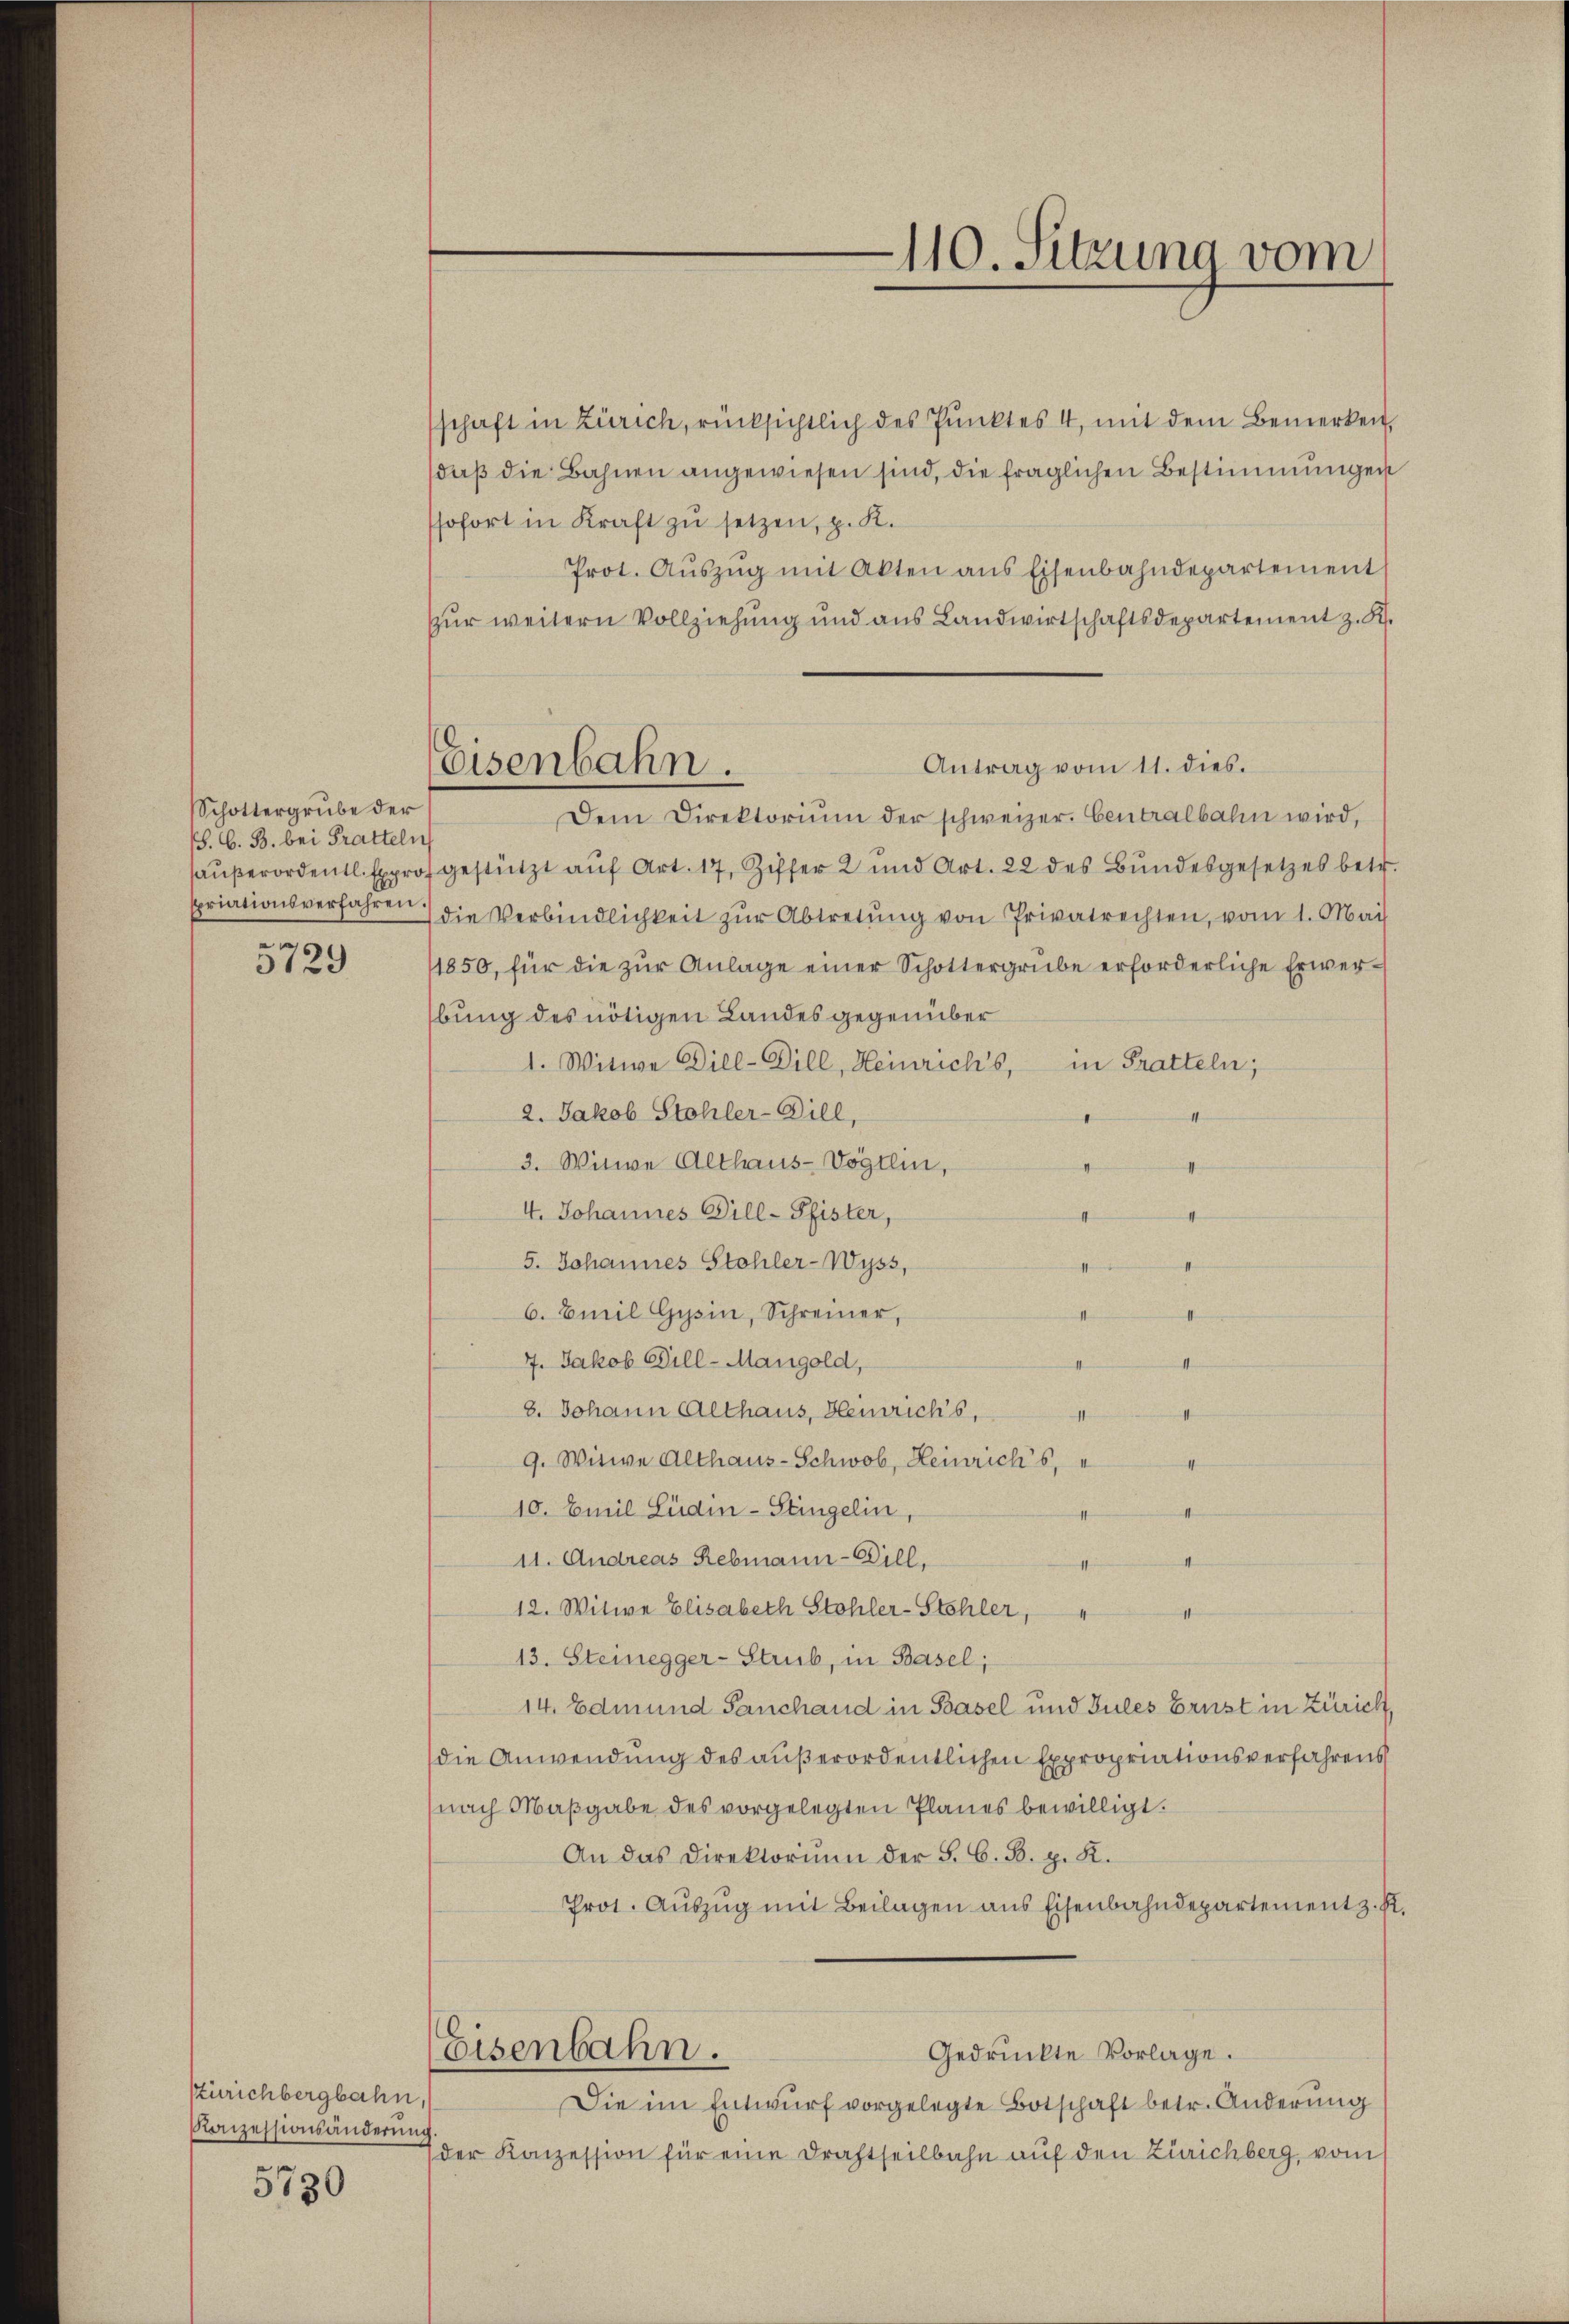
Schottergrube der
/S. G. B. bei Pratteln
s

3129

szürichbergbahn,
Koizessionsänderung

5730

ssofort in Kraft zŭ setzen, p. K.

Eisenbahn.

schaft in Zürich, rücksichtlich des Punktes 4, mit dem Bemerken,
(daß die Bahnen angewiesen sind, die fraglichen Bestimmungen
Prot. Aŭszŭg mit Akten ans Eisenbahndepartement
Zur weitern Vollziehung und aus Landwirtschaftsdepartement z. B.
Dem Direktoriŭm der schweizer. Centralbahn wird,
haŭβerordentl. Expros gestützt aŭf Art. 17, Ziffer 2 und Art. 22 des Bŭndesgesetzes betr.
priationsverfahren die Verbindlichkeit zŭr Abtretŭng von Privatrechten, vom 1. Mai
11850, für die zŭr Anlage einer Schottergrube erforderliche Erwer-
bung des nötigen Landesgegenüber
1. Witwe Dill-Dill, Heinrich’s, in Pratteln;
2. Jakob Stohler-Bill,
II
3. Witwe Althaus-Vögtlin,
4. Johannes Dill-Pfister,
5. Johannes Stohler-Wyss,
6. Emil Gysin, Schreiner,
7. Jakob Bill-Mangold,
8. Johann Althaus, Heinrichs,
9. Witwe Althaus-Schwob, Heinrichs,
4
10. Emil Lüdin-Stingelin,
4
11. Andreas Rebmann-Bill,
II
12. Witwe Elisabeth Stohler-Stehler,
13. Steinegger-Strub, in Basel;
14. Edmund Sanchand in Basel und Gules Brust in Zürich,
die Anwendung des außerordentlichen Expropriationsverfahrens
(nach Maßgabe des vorgelegten Planes bewilligt.
An das Direktorium der S. G. B. p. K.
Prot. Aŭszŭg mit Beilagen ans Eisenbahndepartement z. B.
Eisenbahn.
Gedrückte Vorlage.
Die im Entwurf vorgelegte Botschaft betr. Änderung
der Konzession für eine Drahtseilbahn auf den Zürichberg, vom

110. Sitzung vom

Antrag vom 11. dies.